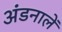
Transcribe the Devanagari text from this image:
अंडनालें